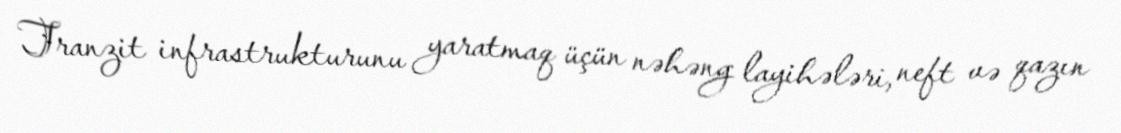
Tranzit infrastrukturunu yaratmaq üçün nəhəng layihələri, neft və qazın